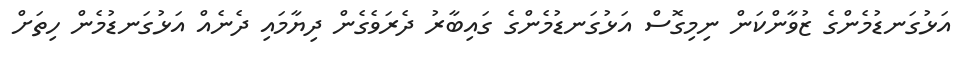
އަޅުގަނޑުމެންގެ ޒުވާންކަން ނިމިގޮސް އަޅުގަނޑުމެންގެ ގައިބާރު ދެރަވެގެން ދިޔާމައި ދެނެއް އަޅުގަނޑުމެން ހިތަށް